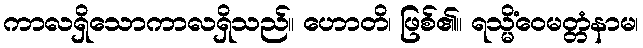
ကာလရှိသောကာလရှိသည်။ ဟောတိ၊ ဖြစ်၏။ ရသ္မိံဝေမတ္တံနာမ၊